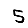
Digit: 5